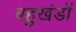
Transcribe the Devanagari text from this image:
बहुखंडों